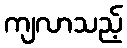
ကျလာသည့်